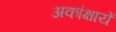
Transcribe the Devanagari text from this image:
अकांक्षायें